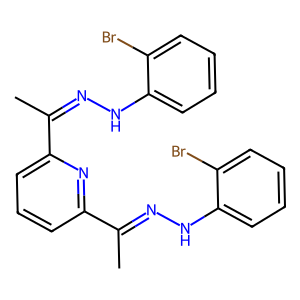
SMILES: CC(=NNc1ccccc1Br)c1cccc(C(C)=NNc2ccccc2Br)n1
Inhibits HIV replication: No